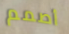
أصمم